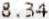
8.34